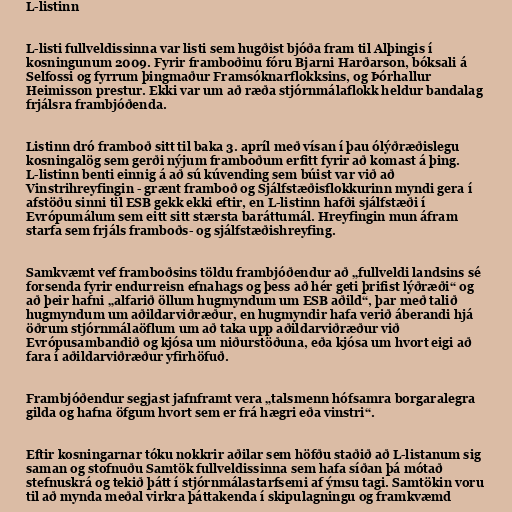
L-listinn

L-listi fullveldissinna var listi sem hugðist bjóða fram til Alþingis í
kosningunum 2009. Fyrir framboðinu fóru Bjarni Harðarson, bóksali á
Selfossi og fyrrum þingmaður Framsóknarflokksins, og Þórhallur
Heimisson prestur. Ekki var um að ræða stjórnmálaflokk heldur bandalag
frjálsra frambjóðenda.

Listinn dró framboð sitt til baka 3. apríl með vísan í þau ólýðræðislegu
kosningalög sem gerði nýjum framboðum erfitt fyrir að komast á þing.
L-listinn benti einnig á að sú kúvending sem búist var við að
Vinstrihreyfingin - grænt framboð og Sjálfstæðisflokkurinn myndi gera í
afstöðu sinni til ESB gekk ekki eftir, en L-listinn hafði sjálfstæði í
Evrópumálum sem eitt sitt stærsta baráttumál. Hreyfingin mun áfram
starfa sem frjáls framboðs- og sjálfstæðishreyfing.

Samkvæmt vef framboðsins töldu frambjóðendur að „fullveldi landsins sé
forsenda fyrir endurreisn efnahags og þess að hér geti þrifist lýðræði“ og
að þeir hafni „alfarið öllum hugmyndum um ESB aðild“, þar með talið
hugmyndum um aðildarviðræður, en hugmyndir hafa verið áberandi hjá
öðrum stjórnmálaöflum um að taka upp aðildarviðræður við
Evrópusambandið og kjósa um niðurstöðuna, eða kjósa um hvort eigi að
fara í aðildarviðræður yfirhöfuð.

Frambjóðendur segjast jafnframt vera „talsmenn hófsamra borgaralegra
gilda og hafna öfgum hvort sem er frá hægri eða vinstri“.

Eftir kosningarnar tóku nokkrir aðilar sem höfðu staðið að L-listanum sig
saman og stofnuðu Samtök fullveldissinna sem hafa síðan þá mótað
stefnuskrá og tekið þátt í stjórnmálastarfsemi af ýmsu tagi. Samtökin voru
til að mynda meðal virkra þáttakenda í skipulagningu og framkvæmd